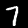
Digit: 7